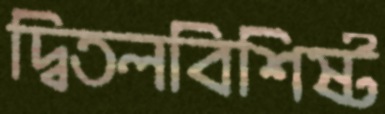
দ্বিতলবিশিষ্ট